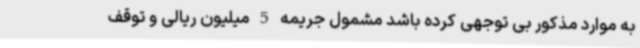
به موارد مذکور بی توجهی کرده باشد مشمول جریمه 5 میلیون ریالی و توقف